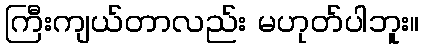
ကြီးကျယ်တာလည်း မဟုတ်ပါဘူး။